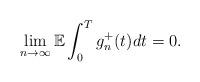
LaTeX: \begin{align*}\lim_{n\rightarrow\infty}\mathbb{E} \int_0^T g_n^{+}(t) dt = 0.\end{align*}